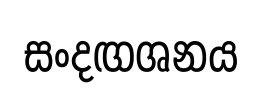
සංදඟශනය